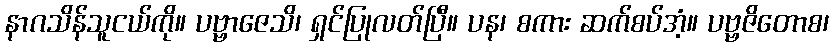
နာဂသိန်သူငယ်ကို။ ပဗ္ဗာဇေသိ၊ ရှင်ပြုလတ်ပြီ။ ပန၊ စကား ဆက်စပ်အံ့။ ပဗ္ဗဇိတောစ၊